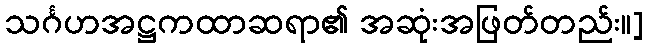
သင်္ဂဟအဋ္ဌကထာဆရာ၏ အဆုံးအဖြတ်တည်း။]